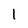
Character: 1